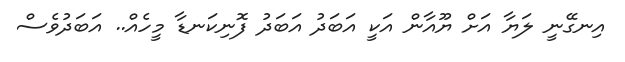
އިނގޭނީ ލަޔާ އަށް ޔޫއާން އަކީ އަބަދު އަބަދު ފޮނިކަނޑާ މީހެއް.. އަބަދުވެސް